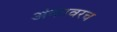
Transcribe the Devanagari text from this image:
अंकावरच